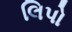
લિપો